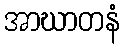
အာဃာတနံ